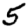
Digit: 5